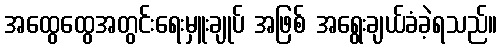
အထွေထွေအတွင်းရေးမှူးချုပ် အဖြစ် အရွေးချယ်ခံခဲ့ရသည်။